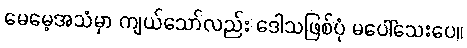
မေမေ့အသံမှာ ကျယ်သော်လည်း ဒေါသဖြစ်ပုံ မပေါ်သေးပေ။